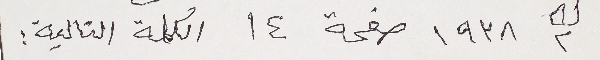
ك٢ ١٩٣٨ صفحة ١٤ الكلمة التالية: